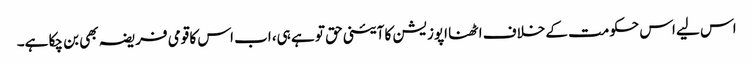
اس لیے اس حکومت کے خلاف اٹھنا اپوزیشن کا آئینی حق تو ہے ہی، اب اس کا قومی فریضہ بھی بن چکا ہے۔